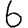
Digit: 6